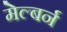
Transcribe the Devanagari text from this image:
मेल्बर्न